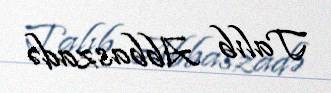
Talıb Abbaszadə